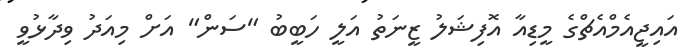
އައިޖީއެމްއެޗްގެ މީޑިއާ އޮފިޝަލު ޒީނަތު އަލީ ހަބީބު "ސަން" އަށް މިއަދު ވިދާޅުވީ